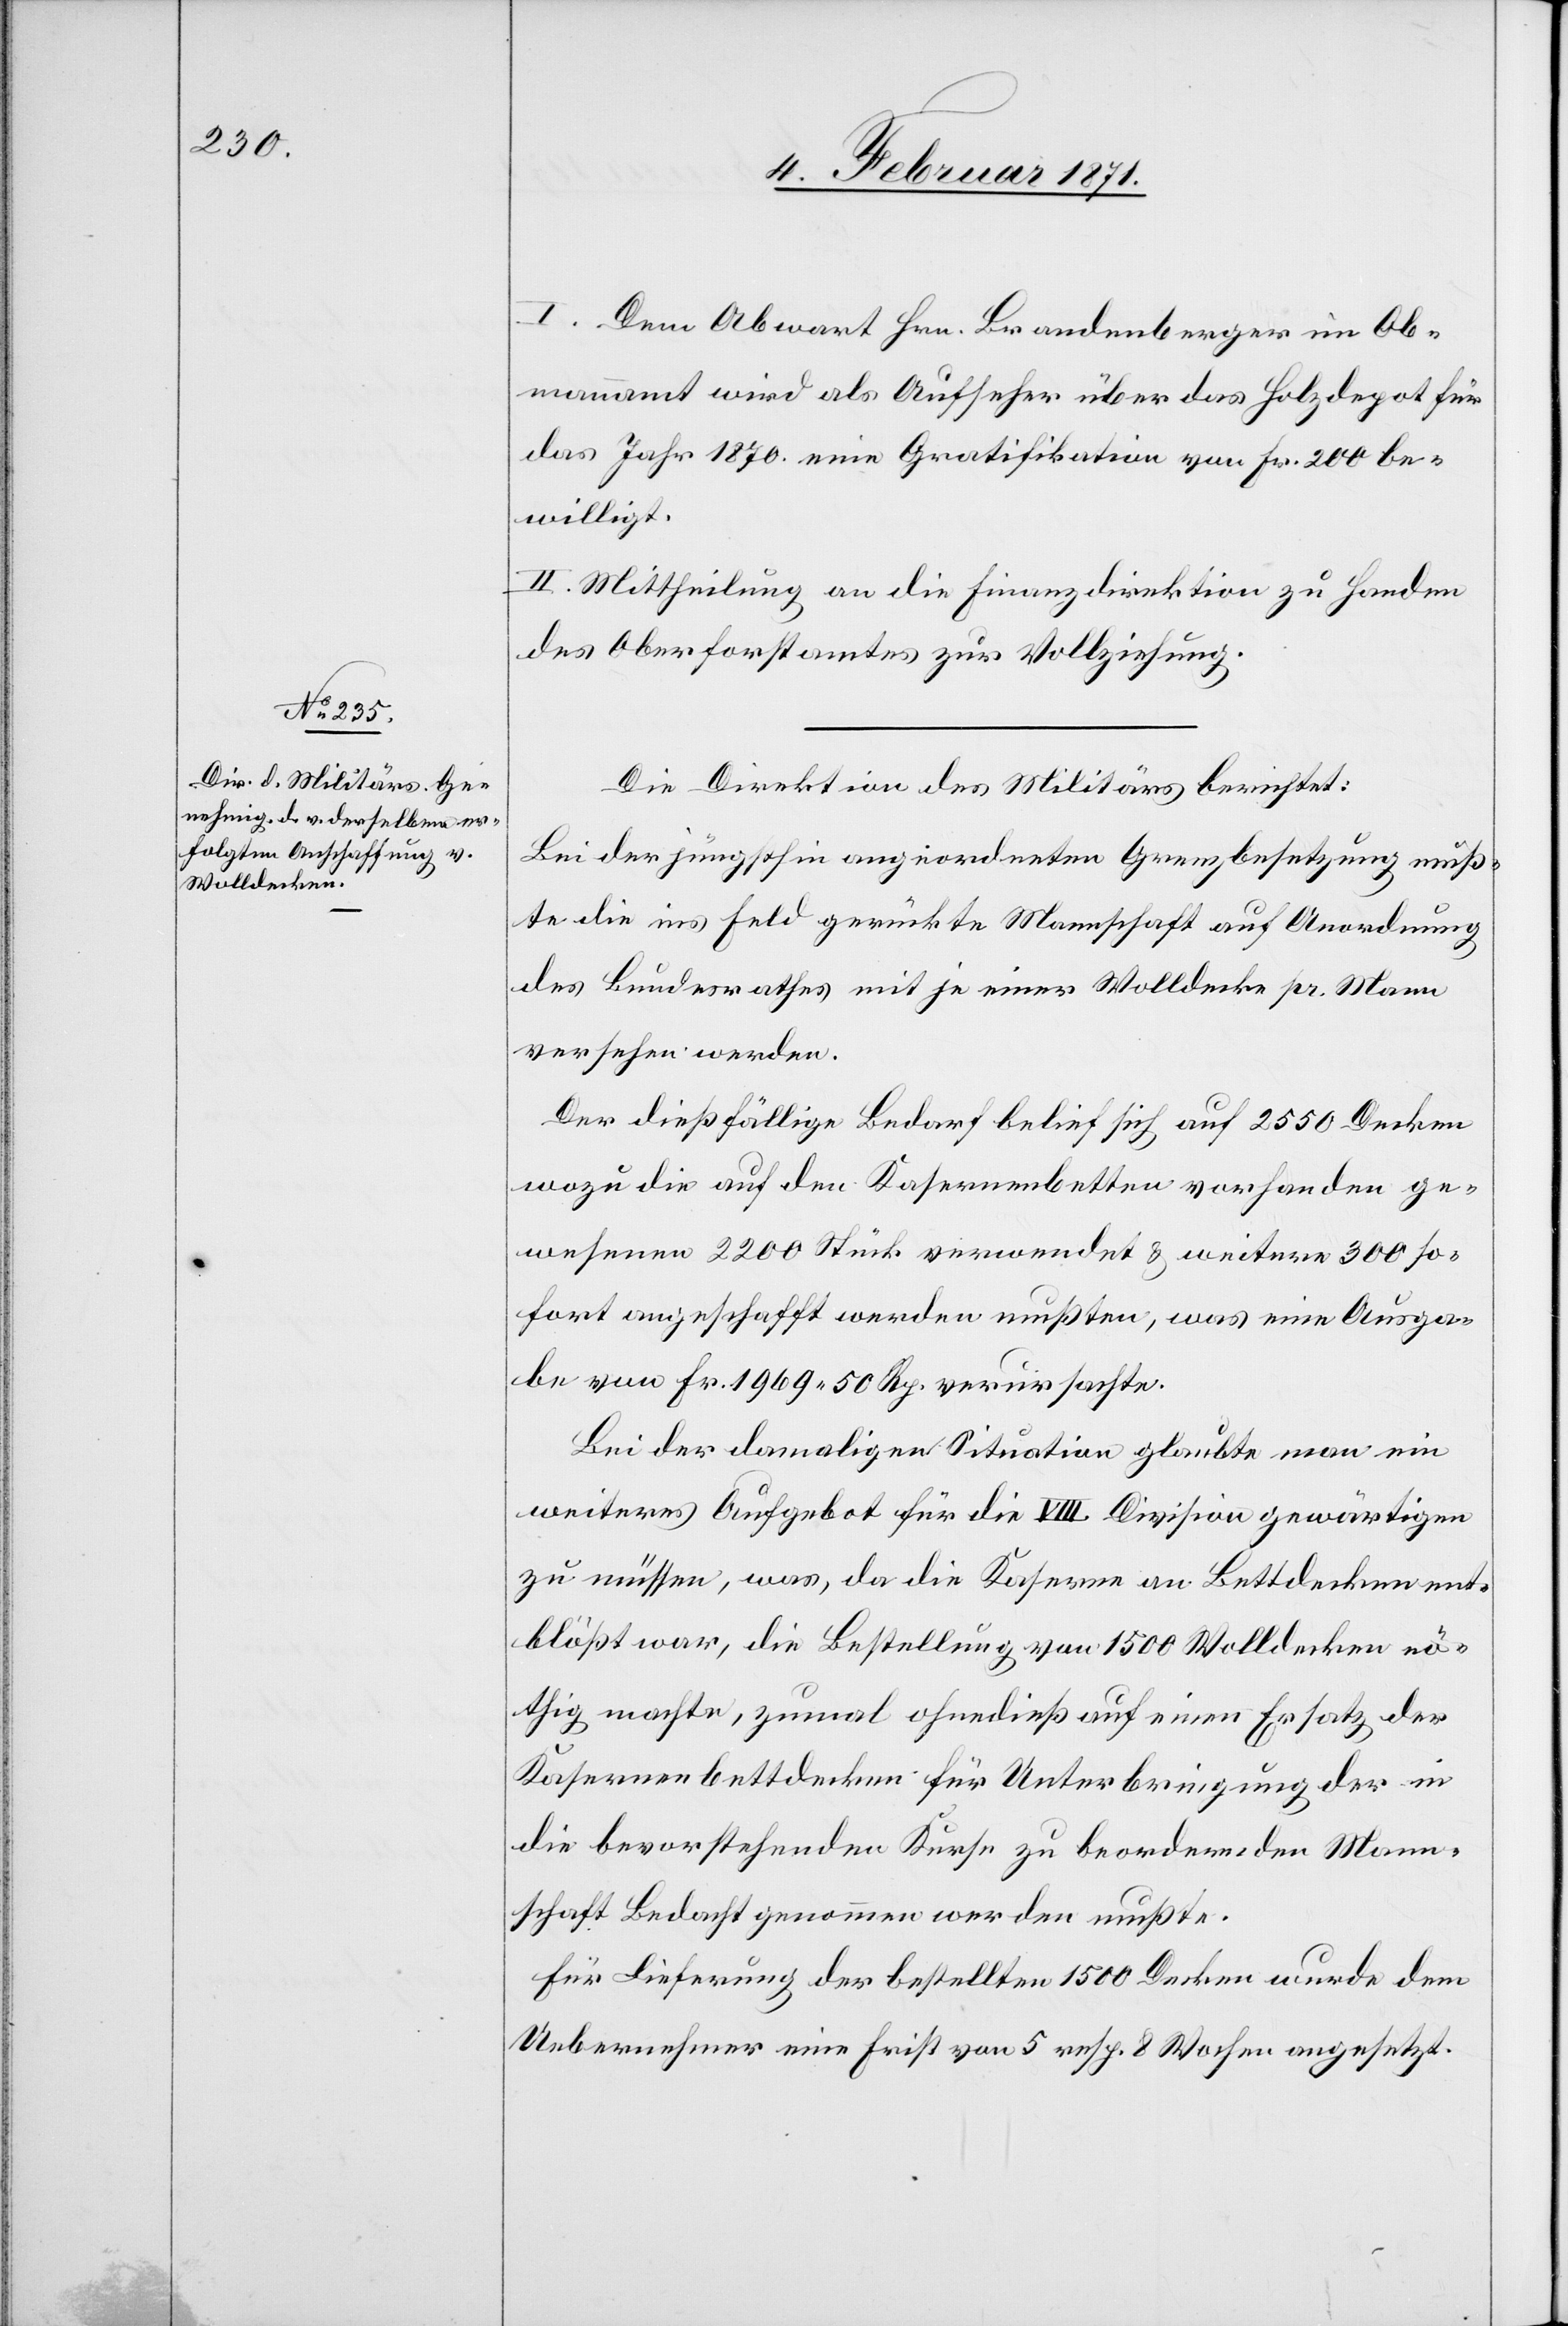
I. Dem Abwart Hrn. Brandenberger im Ob¬
mannamt wird als Aufseher über das Holzdepot für
das Jahr 1870 eine Gratifikation von Fr. 200 be¬
willigt.
II. Mittheilung an die Finanzdirektion zu Handen
des Oberforstamtes zur Vollziehung.
Die Direktion des Militärs berichtet:
Bei der jüngsten angeordneten Grenzbesetzung muß¬
te die ins Feld gerückte Mannschaft auf Anordnung
des Bundesrathes mit je einer Wolldecke pr. Mann
versehen werden.
Der dießfällige Bedarf belief sich auf 2550 Decken
wozu die auf den Kasernenbetten vorhanden ge¬
wesenen 2200 Stück verwendet u. weitere 300 so¬
fort angeschafft werden mußten, was eine Ausga¬
be von Fr. 1969.50 Rp. verursachte.
Bei der damaligen Situation glaubte man ein
weiteres Aufgebot für die VIII Division gewärtigen
zu müssen, was, da die Kaserne an Bettdecken ent¬
blößt war, die Bestellung von 1500 Wolldecken nö¬
thig machte, zumal ohnedieß auf einen Ersatz der
Kasernenbettdecken für Unterbringung der in
die bevorstehenden Kurse zu beordernden Mann¬
schaft Bedacht genommen werden mußte.
Für Lieferung der bestellten 1500 Decken wurde dem
Uebernehmer eine Frist von 5 resp. 8 Wochen angesetzt.